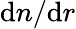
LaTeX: \mathrm{d}n/\mathrm{d}r